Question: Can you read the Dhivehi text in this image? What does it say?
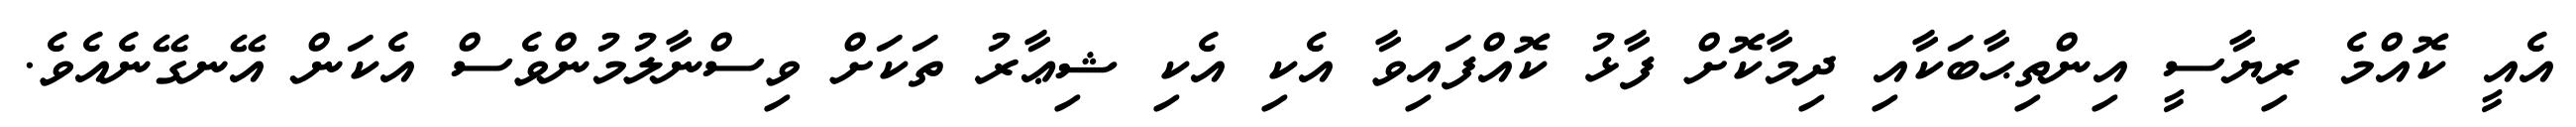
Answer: އެއީ ކޮއްމެ ރިޔާސީ އިންތިޙާބަކާއި ދިމާކޮށް ފާޅު ކޮއްފައިވާ އެކި އެކި ޝިޢާރު ތަކަށް ވިސްނާލުމުންވެސް އެކަން އޭނގޭނެއެވެ.